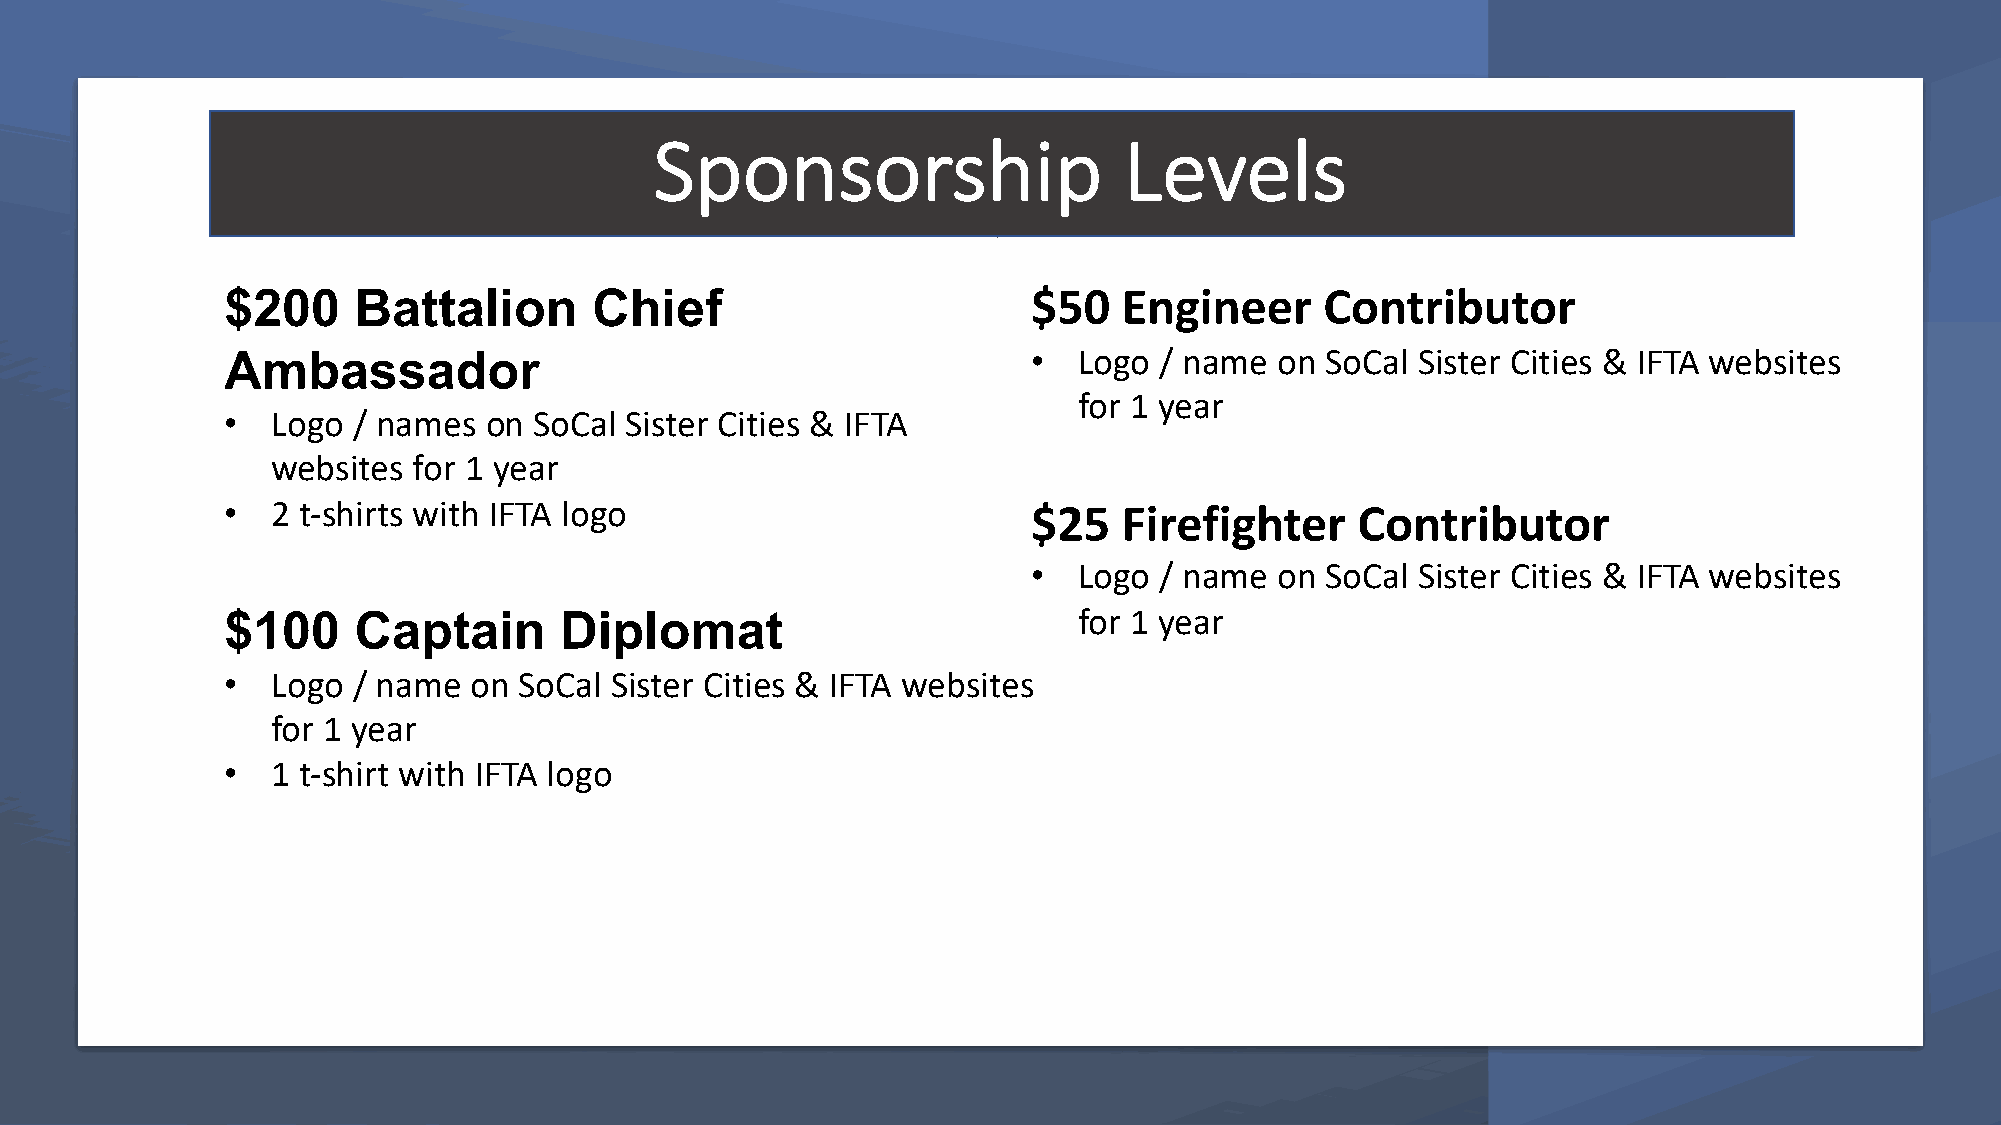
Sponsorship                    Levels
 $200    Battalion       Chief                        $50   Engineer      Contributor
 Ambassador                                           •  Logo  / name  on SoCal Sister Cities & IFTA websites
 for 1 year
 •  Logo / names  on SoCal Sister Cities & IFTA
 websites for 1 year
 •  2 t-shirts with IFTA logo                         $25   Firefighter     Contributor
 •  Logo  / name  on SoCal Sister Cities & IFTA websites
 $100    Captain       Diplomat                          for 1 year
 •  Logo / name  on SoCal Sister Cities & IFTA websites
 for 1 year
 •  1 t-shirt with IFTA logo